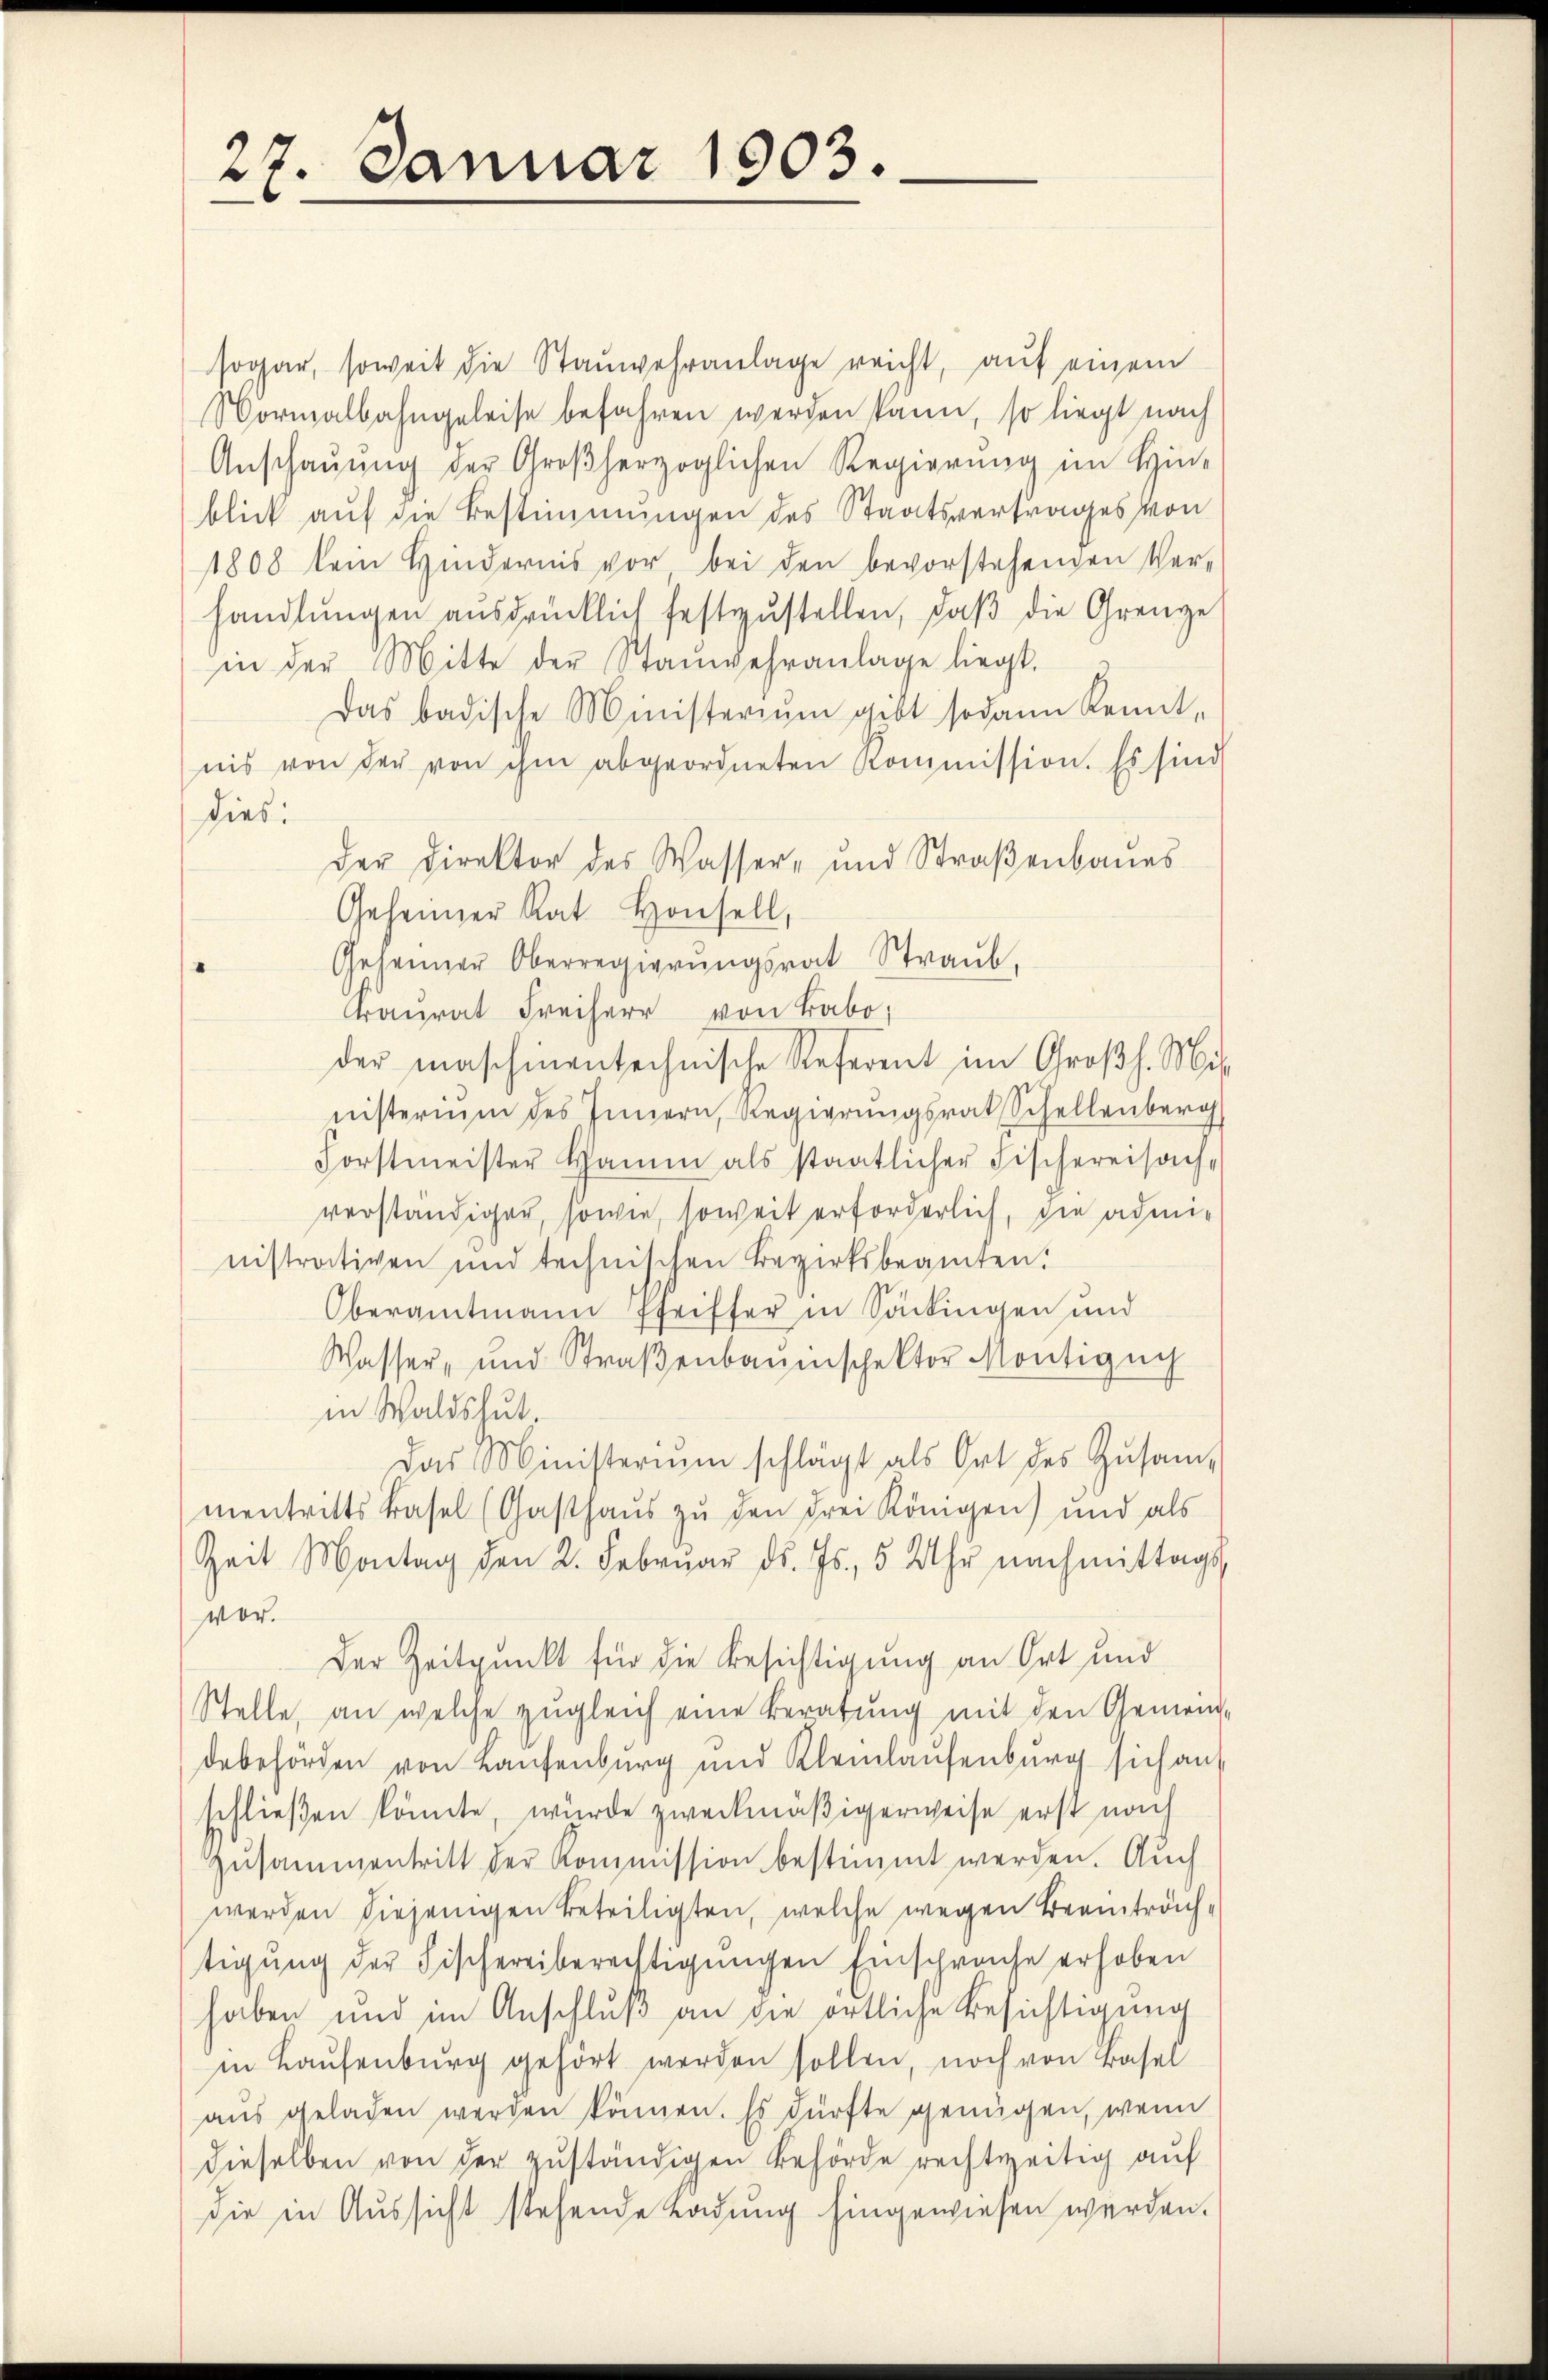
27. Januar 1903.

sogar, soweit die Staŭwehranlage reicht, aŭf einem
Normalbahngeleise befahren werden kann, so liegt nach
Anschaŭŭng der Großherzoglichen Regierŭng im Hin-
blick auf die Bestimmungen des Staatsvertrages von
1808 kein Hindernis vor bei den bevorstehenden Ver-
handlŭngen ausdrücklich festzŭstellen, daβ die Grenze
in der Mitte der Stanwehranlage liegt.
Das badische Ministeriŭm gibt sodann Kennt-
nis von der von ihm abgeordneten Kommission. Es sind
dies:
der Direktor des Wasser- und Straβenbaŭes
Geheimer Rat Honhell,
Gesanner Oberregierŭngsrat Straŭb.
anrat Freiherr von Babo
der maschinentechnische Referent im Großh. Mitnisterium des Innern, Regierungsrat Schellenberg
Forstmeister Hamm als staatlicher Fischereisach-
verständiger, sowie, soweit erforderlich, die administrativen und technischen Bezirksbeamten:
Oberamtmann Pfeiffer in Säkingen und
Wasser- und Straβenbauinschektor Montigun
in Waldshut.
Das Ministerium schlägt als Ort des Zusam-
mentritts Basel (Gasthaŭs zŭ den drei Königen) und als
Zeit Montag den 2. Febrŭar d. Js., 5 Uhr nachmittags,
vor.
Der Zeitpunkt für die Besichtigung an Ort und
Stelle, an welche zugleich eine Beratung mit den Gemeindebehörden von Laufenburg und Kleinlaufenburg sich auf
schließen könnte, wurde zweckmäßigerweise erst nach
Zusammentritt der Kommission bestimmt werden. Auch
werden diejenigen Beteiligten, welche wegen Beeinträchtigŭng der Fischereiberechtigungen Einschrache erhoben
haben und im Anschluß an die örtliche Besichtigung
in Laufenburg gehört werden sollen, noch von Basel
aŭs geladen werden können. Es dürfte genügen, wenn
dieselben von der zuständigen Behörde rechtzeitig auf
die in Aussicht stehende Ladung hingewiesen werden.